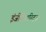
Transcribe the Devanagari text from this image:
इंजीनियारिट्ज़ा